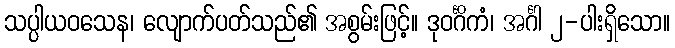
သပ္ပါယဝသေန၊ လျောက်ပတ်သည်၏ အစွမ်းဖြင့်။ ဒုဝင်္ဂိကံ၊ အင်္ဂါ ၂-ပါးရှိသော။